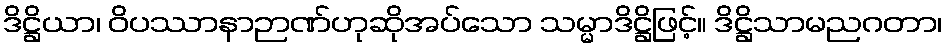
ဒိဋ္ဌိယာ၊ ဝိပဿာနာဉာဏ်ဟုဆိုအပ်သော သမ္မာဒိဋ္ဌိဖြင့်။ ဒိဋ္ဌိသာမညဂတာ၊